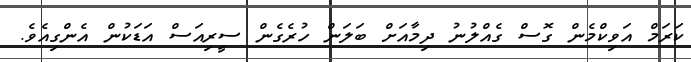
ކަރަމް އަވިކްމެން ގޮސް ގެއްލުނު ދިމާއަށް ބަލަން ހުރެގެން ސީރިއަސް އަޑަކުން އެންގިއެވެ.